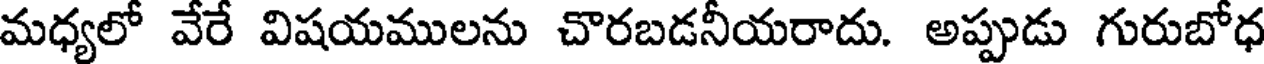
మధ్యలో వేరే విషయములను చొరబడనీయరాదు. అప్పుడు గురుబోధ